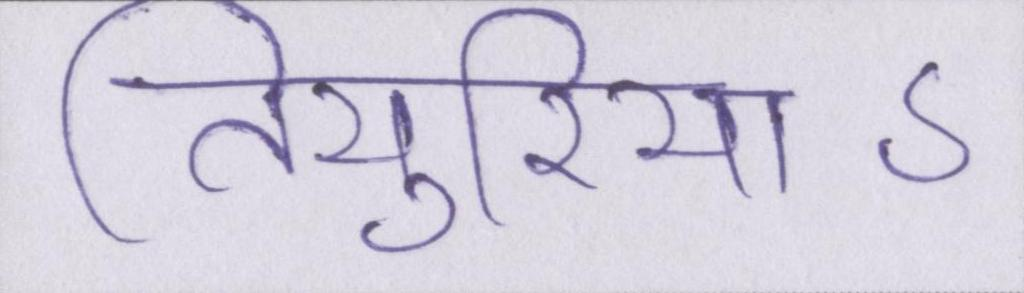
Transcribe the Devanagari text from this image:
तियुरियाऽ